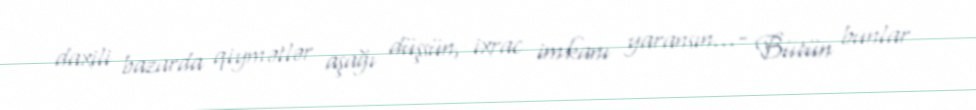
daxili bazarda qiymətlər aşağı düşsün, ixrac imkanı yaransın...- Bütün bunlar